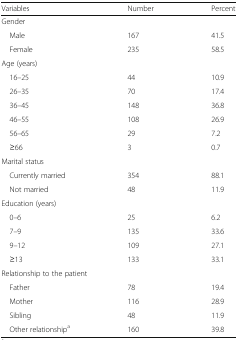
| Variables | Number | Percent |
 | --- | --- | --- |
 | <COLSPAN=3> Gender |
 | Male | 167 | 41.5 |
 | Female | 235 | 58.5 |
 | <COLSPAN=3> Age (years) |
 | 16–25 | 44 | 10.9 |
 | 26–35 | 70 | 17.4 |
 | 36–45 | 148 | 36.8 |
 | 46–55 | 108 | 26.9 |
 | 56–65 | 29 | 7.2 |
 | ≥66 | 3 | 0.7 |
 | <COLSPAN=3> Marital status |
 | Currently married | 354 | 88.1 |
 | Not married | 48 | 11.9 |
 | <COLSPAN=3> Education (years) |
 | 0–6 | 25 | 6.2 |
 | 7–9 | 135 | 33.6 |
 | 9–12 | 109 | 27.1 |
 | ≥13 | 133 | 33.1 |
 | <COLSPAN=3> Relationship to the patient |
 | Father | 78 | 19.4 |
 | Mother | 116 | 28.9 |
 | Sibling | 48 | 11.9 |
 | Other relationshipa | 160 | 39.8 |